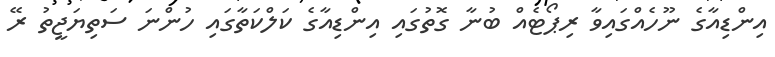
އިންޑިއާގެ ނޫހެއްގައިވާ ރިޕޯޓެއް ބުނާ ގޮތުގައި އިންޑިއާގެ ކަލްކަތާގައި ހުންނަ ސަތިޔަޖީތު ރޭ